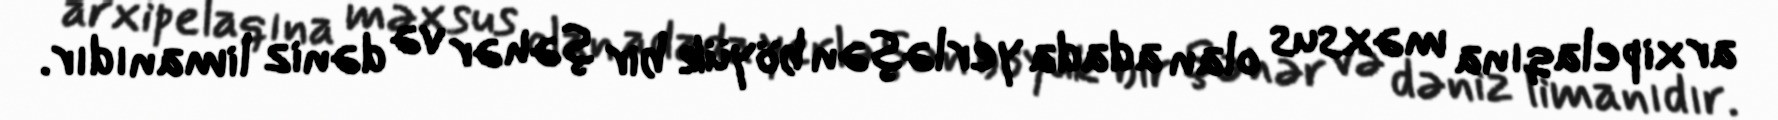
arxipelaqına məxsus olan adada yerləşən böyük bir şəhər və dəniz limanıdır.